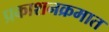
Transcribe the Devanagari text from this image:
प्रकाशनक्रमात